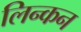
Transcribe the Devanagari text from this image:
लिन्कन